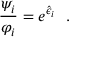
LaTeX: \frac { \psi _ { i } } { \varphi _ { i } } = e ^ { \hat { \epsilon } _ { i } } \ \ .